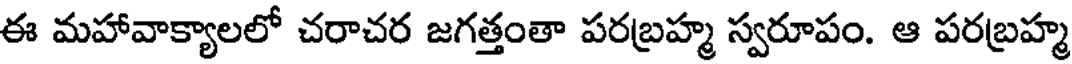
ఈ మహావాక్యాలలో చరాచర జగత్తంతా పరబ్రహ్మ స్వరూపం. ఆ పరబ్రహ్మ